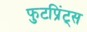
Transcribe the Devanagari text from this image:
फुटप्रिंट्स